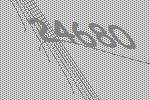
24680